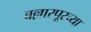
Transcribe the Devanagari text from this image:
बल्लारपूरच्या